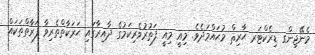
މެނޭޖިންގ ޑިރެކްޓަރ ޙާރިޘް މުޙައްމަދެވެ. މިއީ މިއީ ފަތުރުވެރިކަމުގެ ދާއިރާގައި ޙަރަކާތްތެރިވާ ފަރާތްތަކައް